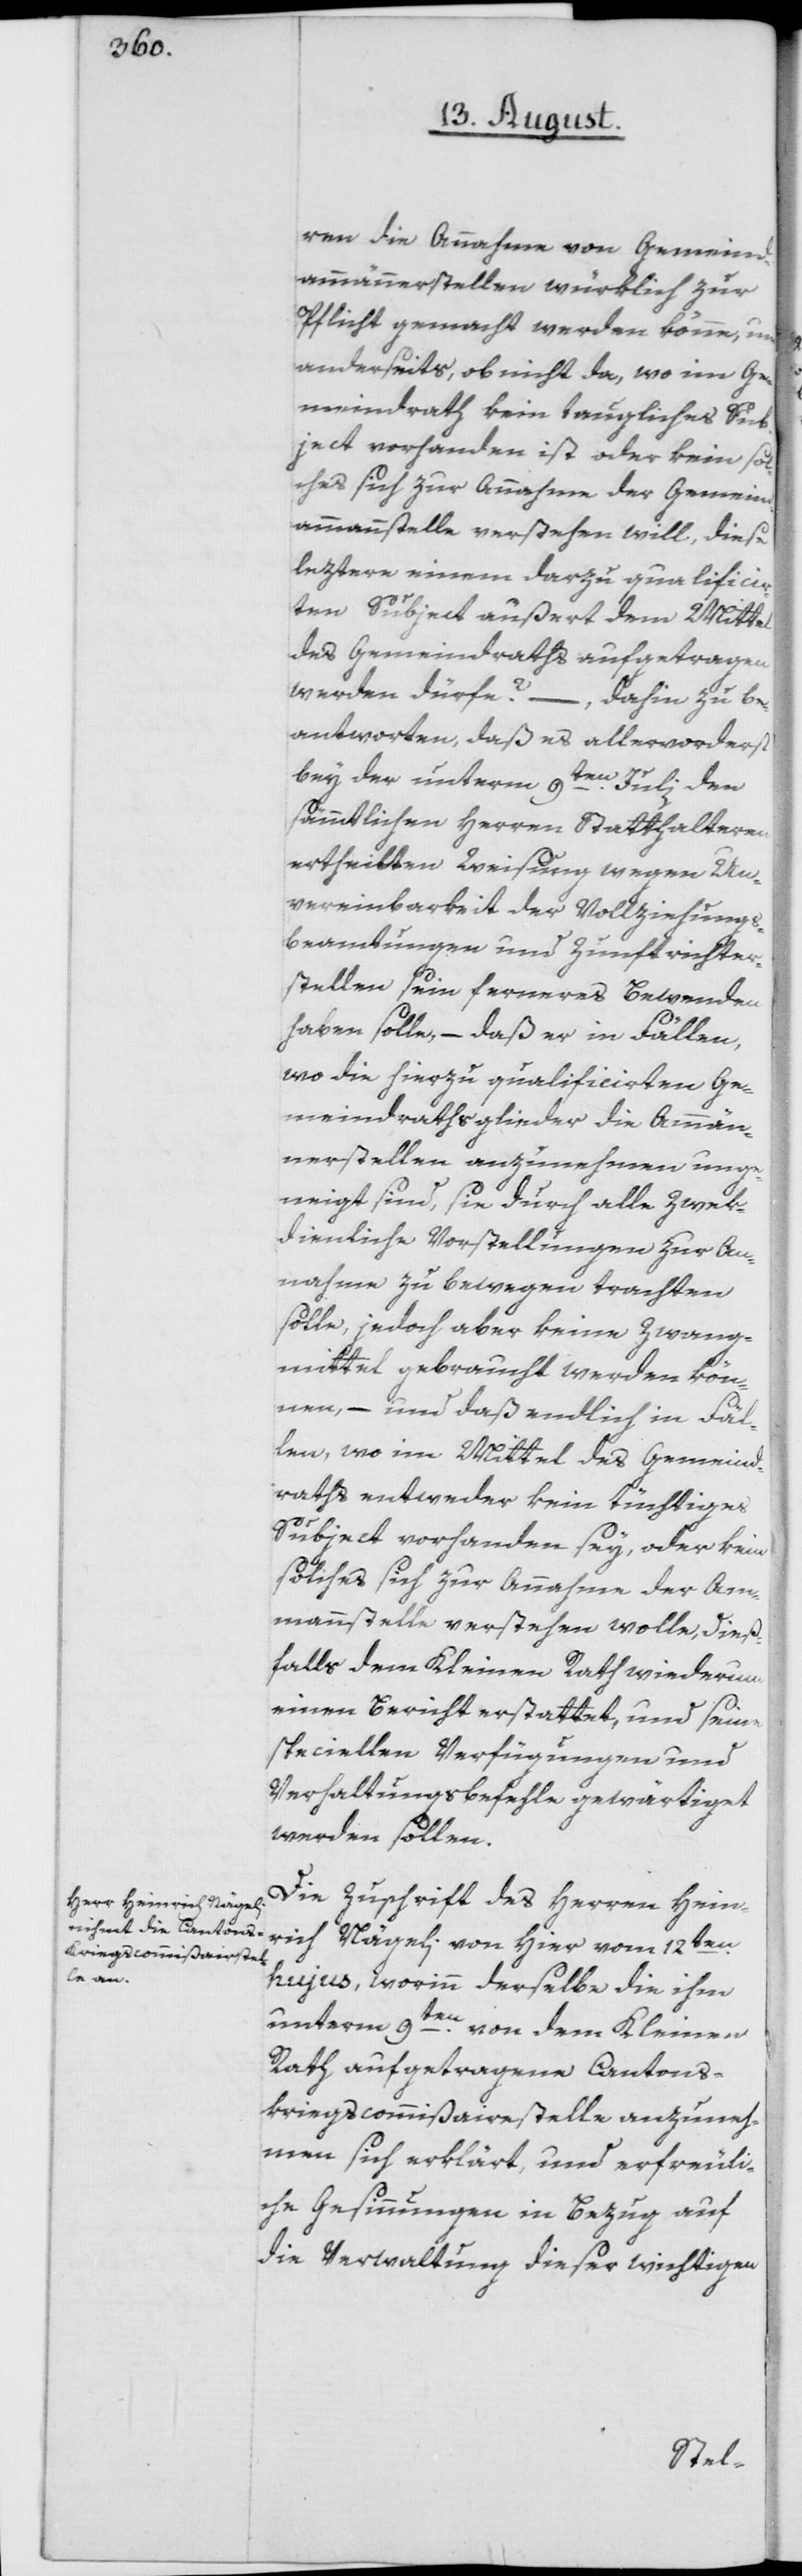
ren die Annahme von Gemeind¬
ammännerstellen würklich zur
Pflicht gemacht werden könne, und
anderseits, ob nicht da, wo im Ge¬
meindrath kein taugliches Sub¬
ject vorhanden ist oder kein sol¬
ches sich zur Annahme der Gemeind¬
ammannstelle verstehen will, diese
leztere einem darzu qualificir¬
ten Subject außert dem Mittel
des Gemeindraths aufgetragen
werden dürfe? –, dahin zu be¬
antworten, daß es allervorderst
bey der unterm 9ten Juli den
sämmtlichen Herren Statthalteren
ertheilten Weisung wegen Un¬
vereinbarkeit der Vollziehungs¬
beamtungen und Zunftrichter¬
stellen sein ferneres Bewenden
haben solle, – daß er in Fällen,
wo die hierzu qualificirten Ge¬
meindrathsglieder die Ammän¬
nerstellen anzunehmen unge¬
neigt sind, sie durch alle zwek¬
dienliche Vorstellungen zur An¬
nahme zu bewegen trachten
solle, jedoch aber keine Zwang¬
mittel gebraucht werden kön¬
nen, – und daß endlich in Fäl¬
len, wo im Mittel des Gemeind¬
raths entweder kein tüchtiges
Subject vorhanden sey, oder kein
solches sich zur Annahme der Am¬
mannstelle verstehen wolle, dieß¬
falls dem Kleinen Rath wiederum
einen Bericht erstattet, und seine
speciellen Verfügungen und
Verhaltungsbefehle gewärtiget
werden sollen.
Die Zuschrift des Herren Hein¬
rich Nägeli von hier vom 12ten
hujus, worinn derselbe die ihm
unterm 9ten von dem Kleinen
Rath aufgetragene Cantons¬
kriegscommißairestelle anzuneh¬
men sich erklärt, und erfreuli¬
che Gesinnungen in Bezug auf
die Verwaltung dieser wichtigen